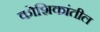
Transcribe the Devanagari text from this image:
कोशिकांतील